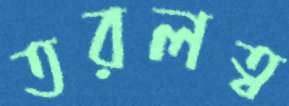
তরলত্ব